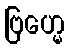
ဗြဟ္မေ